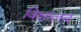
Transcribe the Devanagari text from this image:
विक्षालन